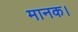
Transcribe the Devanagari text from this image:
मानक।